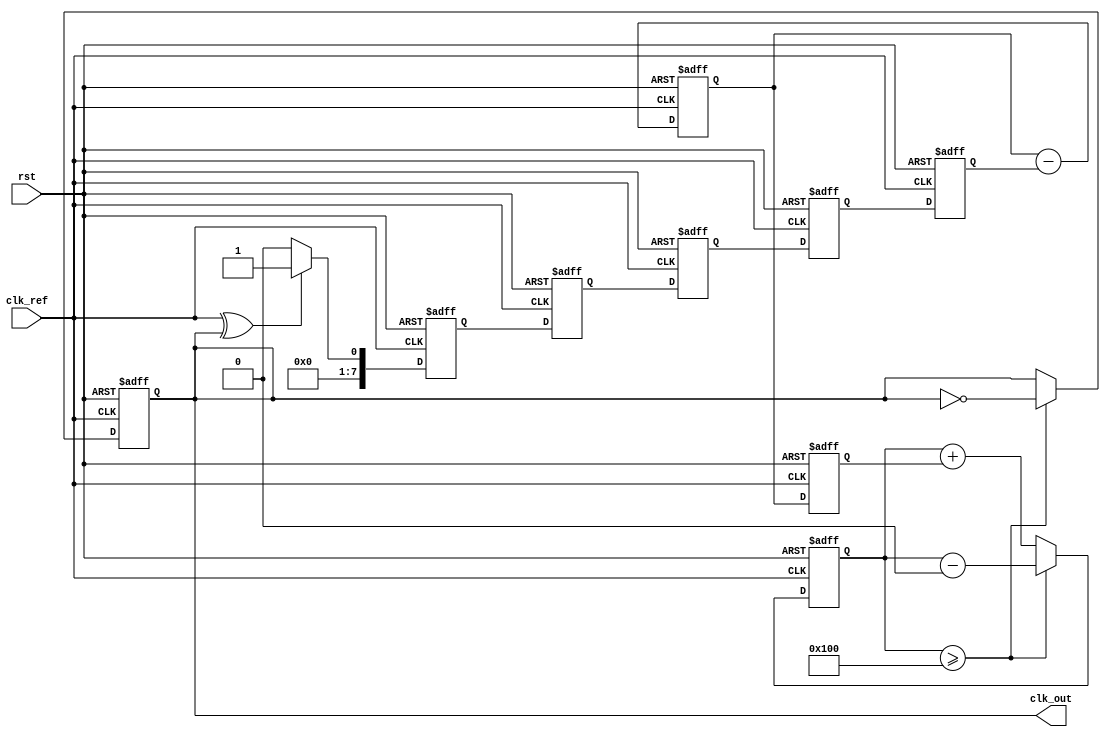
module ADPLL (
    input wire clk_ref,          // Reference clock input
    input wire rst,             // Reset signal
    output reg clk_out          // Output clock signal
);

// Parameters
parameter N = 8;               // Number of bits for frequency control
parameter LOOP_FILTER_SIZE = 4; // Size of the loop filter

// Internal signals
reg [N-1:0] phase_detector_out; // Output of the phase detector
reg [N-1:0] loop_filter_out;     // Output of the loop filter
reg [N-1:0] dco_freq;            // Frequency control for DCO
reg [N-1:0] dco_counter;         // Counter for DCO
reg [N-1:0] loop_filter_reg[0:LOOP_FILTER_SIZE-1]; // Loop filter registers
integer i;

// Phase Detector (PD)
always @(posedge clk_ref or posedge rst) begin
    if (rst) begin
        phase_detector_out <= 0;
    end else begin
        // Simple XOR phase detector
        phase_detector_out <= (clk_ref ^ clk_out) ? 1 : 0;
    end
end

// Loop Filter (LF)
always @(posedge clk_ref or posedge rst) begin
    if (rst) begin
        loop_filter_out <= 0;
        for (i = 0; i < LOOP_FILTER_SIZE; i = i + 1) begin
            loop_filter_reg[i] <= 0;
        end
    end else begin
        // Simple moving average filter
        loop_filter_out <= loop_filter_out + phase_detector_out;
        for (i = LOOP_FILTER_SIZE-1; i > 0; i = i - 1) begin
            loop_filter_reg[i] <= loop_filter_reg[i-1];
        end
        loop_filter_reg[0] <= phase_detector_out;
        loop_filter_out <= loop_filter_out - loop_filter_reg[LOOP_FILTER_SIZE-1];
    end
end

// Digital Controlled Oscillator (DCO)
always @(posedge clk_ref or posedge rst) begin
    if (rst) begin
        dco_freq <= 0;
        dco_counter <= 0;
        clk_out <= 0;
    end else begin
        // Update DCO frequency based on loop filter output
        dco_freq <= loop_filter_out;
        
        // DCO counter logic
        dco_counter <= dco_counter + dco_freq;
        if (dco_counter >= (1 << N)) begin
            clk_out <= ~clk_out; // Toggle output clock
            dco_counter <= dco_counter - (1 << N);
        end
    end
end

endmodule